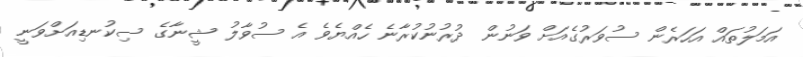
އަމަލުތައް އަހަރެން ސުވަރުގެއަށް ވަނުން ދުރުނުކުރާނެ ހެއްޔެވެ އެ ސުވާލު ޝީނާގެ ސިކުނޑިއަށްވަނީ